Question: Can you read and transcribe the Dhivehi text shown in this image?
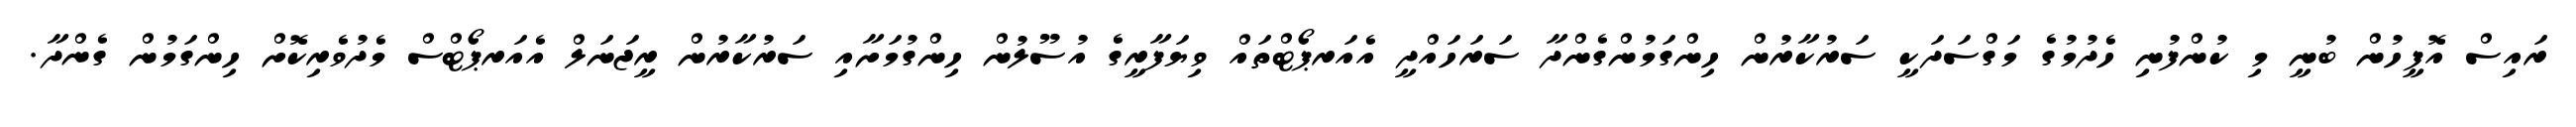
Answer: ރައިސް އޮފީހުން ބުނީ މި ކުންފުނި ހެދުމުގެ މަގްސަދަކީ ސަރުކާރުން ހިންގަމުންގެންދާ ސަރަހައްދީ އެއަރޕޯޓްތައް ވިޔަފާރީގެ އުސޫލުން ހިންގުމަށާއި ސަރުކާރުން ރީޖަނަލް އެއަރޕޯޓްސް މެދުވެރިކޮށް ހިންގަމުން ގެންދާ.